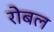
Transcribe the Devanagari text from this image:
रोबल